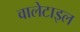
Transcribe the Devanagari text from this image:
वालेटाइल